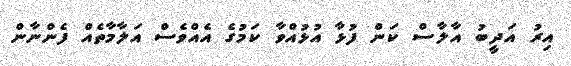
އިރު އަދީބު އާލާސް ކަން ފުޅާ އުޅުއްވާ ކަމުގެ އެއްވެސް އަލާމާތެއް ފެންނާން